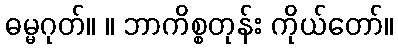
ဓမ္မဂုတ်။ ။ ဘာကိစ္စတုန်း ကိုယ်တော်။